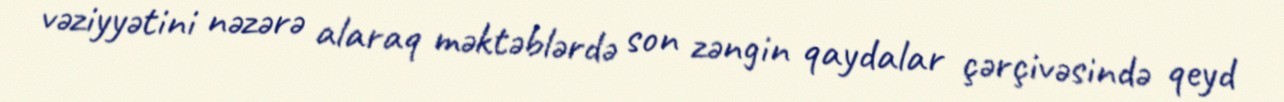
vəziyyətini nəzərə alaraq məktəblərdə son zəngin qaydalar çərçivəsində qeyd